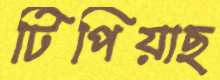
টিপিয়াছ